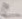
Text: L